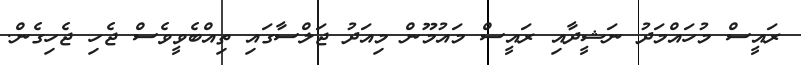
ރައީސް މުހައްމަދު ނަޝީދާއި ރައީސް މައުމޫން މިއަދު ޖަލްސާގައި ތިއްބެވީވެސް ޖެހި ޖެހިގެން.